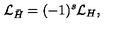
{ \cal L } _ { \bar { H } } = ( - 1 ) ^ { s } { \cal L } _ { H } ,